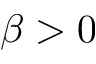
\beta > 0